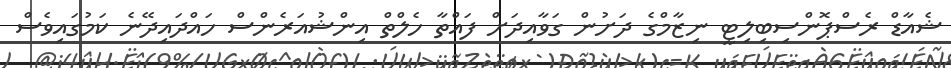
ޝެއާޑް ރެސްޕޮންސިބިލިޓީ ނިޒާމްގެ ދަށުން ގަވާއިދަށް ފައްތާ ހެލްތް އިންޝުއަރެންސް ހައްދައިދޭނެ ކަމުގައިވެސް